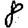
Digit: 8